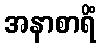
အနာစာရိံ